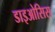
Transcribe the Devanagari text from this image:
डाइओसिस